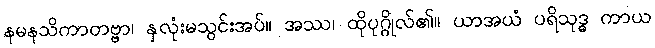
နမနသိကာတဗ္ဗာ၊ နှလုံးမသွင်းအပ်။ အဿ၊ ထိုပုဂ္ဂိုလ်၏။ ယာအယံ ပရိသုဒ္ဓ ကာယ